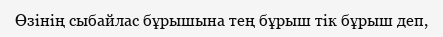
Өзінің сыбайлас бұрышына тең бұрыш тік бұрыш деп,